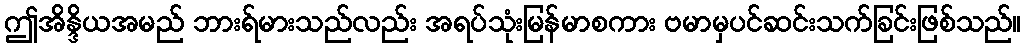
ဤအိန္ဒိယအမည် ဘားရ်မားသည်လည်း အရပ်သုံးမြန်မာစကား ဗမာမှပင်ဆင်းသက်ခြင်းဖြစ်သည်။